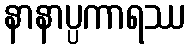
နာနာပ္ပကာရဿ